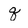
Character: q